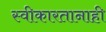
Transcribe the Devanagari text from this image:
स्वीकारतानाही